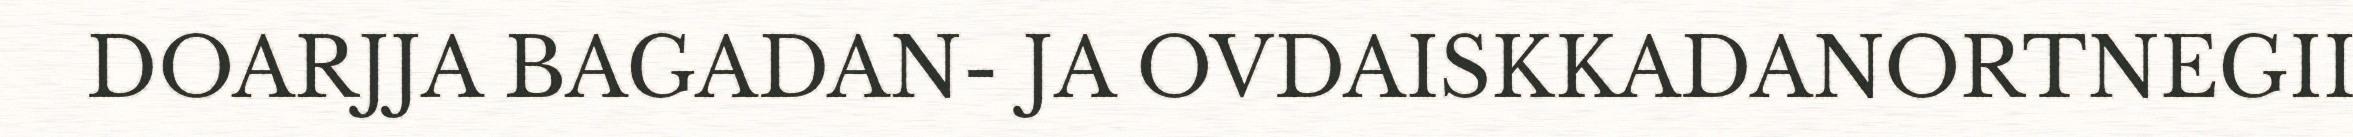
DOARJJA BAGADAN- JA OVDAISKKADANORTNEGII